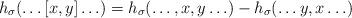
LaTeX: \begin{align*}h_\sigma ( \ldots [x,y] \ldots ) = h_\sigma (\ldots, x, y \ldots) - h_\sigma(\ldots y, x \ldots)\end{align*}